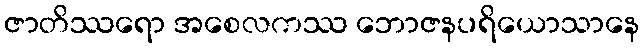
ဇာတိဿရော အစေလကဿ ဘောဇနပရိယောသာနေ